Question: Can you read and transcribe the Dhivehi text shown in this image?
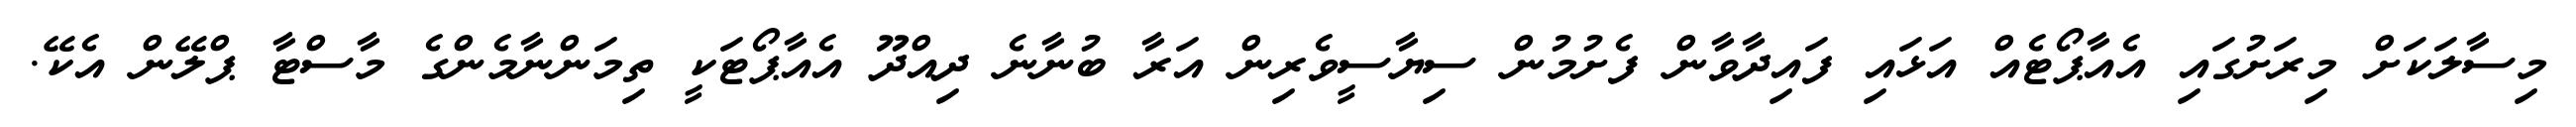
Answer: މިސާލަކަށް މިރަށުގައި އެއާޕޯޓެއް އަޅައި ފައިދާވާން ފެށުމުން ސިޔާސީވެރިން އަރާ ބުނާނެ ދިއްދޫ އެއާޕޯޓަކީ ތިމަންނާމެންގެ މާސްޓާ ޕްލޭން އެކޭ.